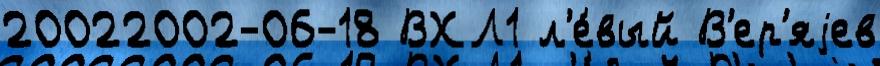
20022002-06-18 ВХЛ1 л'е́вый В'ер'яjев